Indian journal of veterinary science and animal husbandry - Volumes 22-23, 1952-1953
Year: 1952
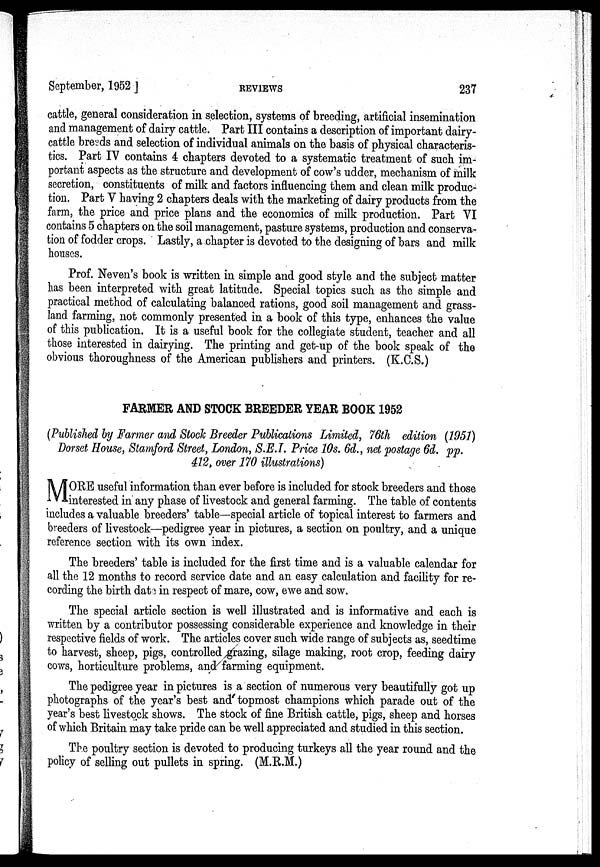
September, 1952
REVIEWS
237
cattle, general consideration in selection, systems of breeding, artificial insemination
and management of dairy cattle. Part III contains a description of important dairy-
cattle breeds and selection of individual animals on the basis of physical characteris-
tics. Part IV contains 4 chapters devoted to a systematic treatment of such im-
portant aspects as the structure and development of cow's udder, mechanism of milk
secretion, constituents of milk and factors influencing them and clean milk produc-
tion. Part V having 2 chapters deals with the marketing of dairy products from the
farm, the price and price plans and the economics of milk production. Part VI
contains 5 chapters on the soil management, pasture systems, production and conserva-
tion of fodder crops. ' Lastly, a chapter is devoted to the designing of bars and milk
houses.
Prof. Neven's book is written in simple and good style and the subject matter
has been interpreted with great latitude. Special topics such as the simple and
practical method of calculating balanced rations, good soil management and grass-
land farming, not commonly presented in a book of this type, enhances the value
of this publication. It is a useful book for the collegiate student, teacher and all
those interested in dairying. The printing and get-up of the book speak of the
obvious thoroughness of the American publishers and printers. (K.C.S.)
FARMER AND STOCK BREEDER YEAR BOOK 1952
(Published by Farmer and Stock Breeder Publications Limited, 76th edition (1951)
Dorset House, Stamford Street, London, S.E.I. Price 10s. 6d., net postage 6d. pp.
412, over 170 illustrations)
M ORE useful information than ever before is included for stock breeders and those
interested in any phase of livestock and general farming. The table of contents
includes a valuable breeders' table—special article of topical interest to farmers and
breeders of livestock—pedigree year in pictures, a section on poultry, and a unique
reference section with its own index.
The breeders' table is included for the first time and is a valuable calendar for
all the 12 months to record service date and an easy calculation and facility for re-
cording the birth date in respect of mare, cow, ewe and sow.
The special article section is well illustrated and is informative and each is
written by a contributor possessing considerable experience and knowledge in their
respective fields of work. The articles cover such wide range of subjects as, seedtime
to harvest, sheep, pigs, controlled grazing, silage making, root crop, feeding dairy
cows, horticulture problems, and farming equipment.
The pedigree year in pictures is a section of numerous very beautifully got up
photographs of the year's best and topmost champions which parade out of the
year's best livestock shows. The stock of fine British cattle, pigs, sheep and horses
of which Britain may take pride can be well appreciated and studied in this section.
The poultry section is devoted to producing turkeys all the year round and the
policy of selling out pullets in spring. (M.R.M.)